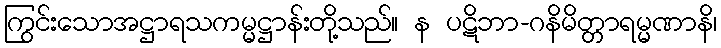
ကြွင်းသောအဋ္ဌာရသကမ္မဋ္ဌာန်းတို့သည်။ န ပဋိဘာ-ဂနိမိတ္တာရမ္မဏာနိ၊